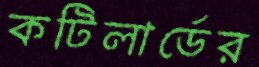
কটিলার্ডের